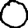
Digit: 0